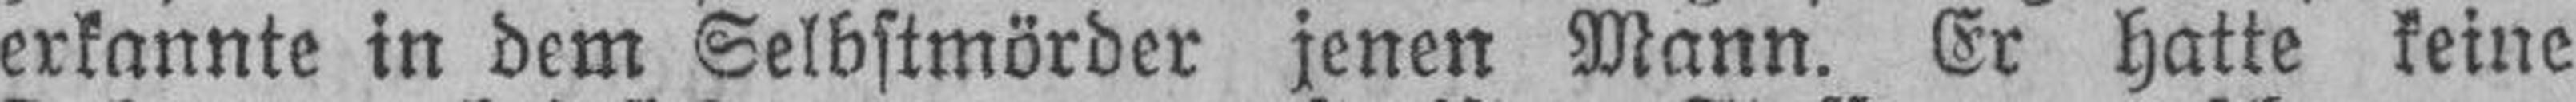
erkannte in dem Selbstmörder jenen Mann. Er hatte keine